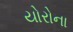
યોરોના